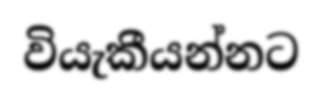
වියැකීයන්නට